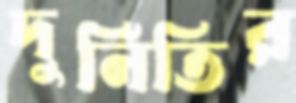
দুর্নিতির